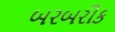
બરબરીક